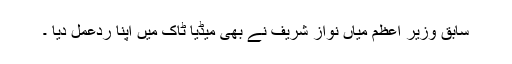
سابق وزیر اعظم میاں نواز شریف نے بھی میڈیا ٹاک میں اپنا ردعمل دیا ۔